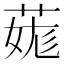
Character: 𦳨